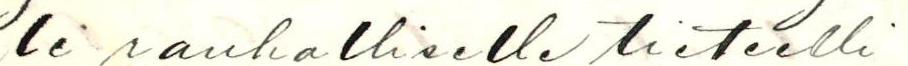
Ei rauhalliselle tieteelli